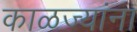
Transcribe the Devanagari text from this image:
काळज्यांना